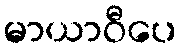
မာယာဝီပေ